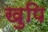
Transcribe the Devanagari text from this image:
खुपि